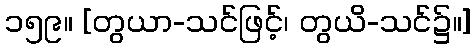
၁၅၉။ [တွယာ-သင်ဖြင့်၊ တွယိ-သင်၌။]